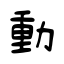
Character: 動